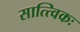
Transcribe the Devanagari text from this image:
सात्त्विकः